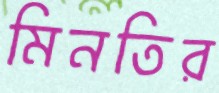
মিনতির